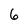
Character: 6